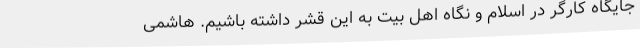
جایگاه کارگر در اسلام و نگاه اهل بیت به این قشر داشته باشیم. هاشمی